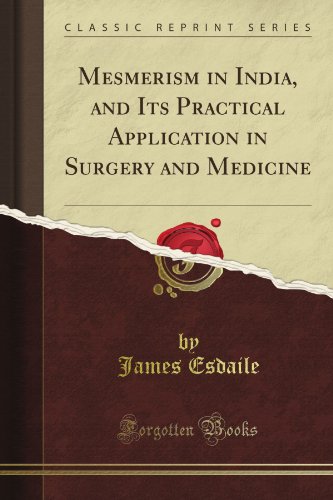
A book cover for Mesmerism in India, and Its Practical Application in Surgery and Medicine (Classic Reprint); James Esdaile; Health, Fitness & Dieting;